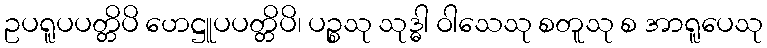
ဥပရူပပတ္တိပိ ဟေဋ္ဌူပပတ္တိပိ၊ ပဉ္စသု သုဒ္ဓါ ဝါသေသု စတူသု စ အာရူပေသု